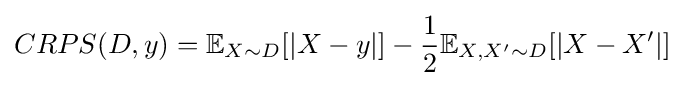
CRPS(D,y)=\mathbb {E} _{X\sim D}[|X-y|]-{\frac {1}{2}}\mathbb {E} _{X,X'\sim D}[|X-X'|]